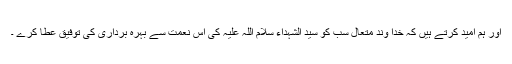
اور ہم امید کرتے ہیں کہ خدا وند متعال سب کو سید الشہداء سلام اللہ علیہ کی اس نعمت سے بہرہ برداری کی توفیق عطا کرے ۔